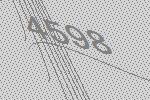
4598